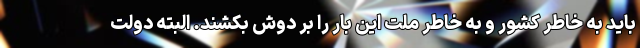
باید به خاطر کشور و به خاطر ملت این بار را بر دوش بکشند. البته دولت